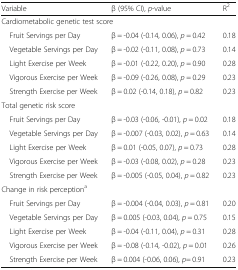
<table><thead><tr><td><b>Variable</b></td><td><b>β (95% CI), <i>p</i>-value</b></td><td><b>R<sup>2</sup></b></td></tr></thead><tbody><tr><td colspan="2">Cardiometabolic genetic test score</td><td></td></tr><tr><td> Fruit Servings per Day</td><td>β = -0.04 (-0.14, 0.06), <i>p</i> = 0.42</td><td>0.18</td></tr><tr><td> Vegetable Servings per Day</td><td>β = -0.02 (-0.11, 0.08), <i>p</i> = 0.73</td><td>0.14</td></tr><tr><td> Light Exercise per Week</td><td>β = -0.01 (-0.22, 0.20), <i>p</i> = 0.90</td><td>0.28</td></tr><tr><td> Vigorous Exercise per Week</td><td>β = -0.09 (-0.26, 0.08), <i>p</i> = 0.29</td><td>0.23</td></tr><tr><td> Strength Exercise per Week</td><td>β = 0.02 (-0.14, 0.18), <i>p</i> = 0.82</td><td>0.23</td></tr><tr><td colspan="2">Total genetic risk score</td><td></td></tr><tr><td> Fruit Servings per Day</td><td>β = -0.03 (-0.06, -0.01), <i>p</i> = 0.02</td><td>0.18</td></tr><tr><td> Vegetable Servings per Day</td><td>β = -0.007 (-0.03, 0.02), <i>p</i> = 0.63</td><td>0.14</td></tr><tr><td> Light Exercise per Week</td><td>β = 0.01 (-0.05, 0.07), <i>p</i> = 0.73</td><td>0.28</td></tr><tr><td> Vigorous Exercise per Week</td><td>β = -0.03 (-0.08, 0.02), <i>p</i> = 0.28</td><td>0.23</td></tr><tr><td> Strength Exercise per Week</td><td>β = -0.005 (-0.05, 0.04), <i>p</i> = 0.82</td><td>0.23</td></tr><tr><td colspan="3">Change in risk perception<sup>a</sup></td></tr><tr><td> Fruit Servings per Day</td><td>β = -0.004 (-0.04, 0.03), <i>p</i> = 0.81</td><td>0.20</td></tr><tr><td> Vegetable Servings per Day</td><td>β = 0.005 (-0.03, 0.04), <i>p</i> = 0.75</td><td>0.15</td></tr><tr><td> Light Exercise per Week</td><td>β = -0.04 (-0.11, 0.04), <i>p</i> = 0.31</td><td>0.28</td></tr><tr><td> Vigorous Exercise per Week</td><td>β = -0.08 (-0.14, -0.02), <i>p</i> = 0.01</td><td>0.26</td></tr><tr><td> Strength Exercise per Week</td><td>β = 0.004 (-0.06, 0.06), <i>p</i>= 0.91</td><td>0.23</td></tr></tbody></table>